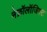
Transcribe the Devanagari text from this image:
नेफ्रॉलॉजिस्ट